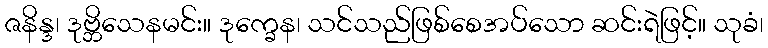
ဇနိန္ဒ၊ ဒုဗ္ဘိသေနမင်း။ ဒုက္ခေန၊ သင်သည်ဖြစ်စေအပ်သော ဆင်းရဲဖြင့်။ သုခံ၊